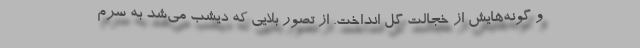
و گونه‌هایش از خجالت گل انداخت. از تصور بلایی که دیشب می‌شد به سرم